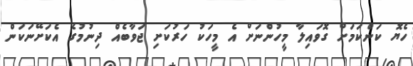
ހެޔޮ ކަންކަމަށް ގޮވައިލާ މީހުންނަށް އެ މީހަކު ހަރުކަށި ޖަވާބެއް ދިނުމުގެ އެކަށޭނަކަން